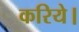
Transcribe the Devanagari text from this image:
करिये।